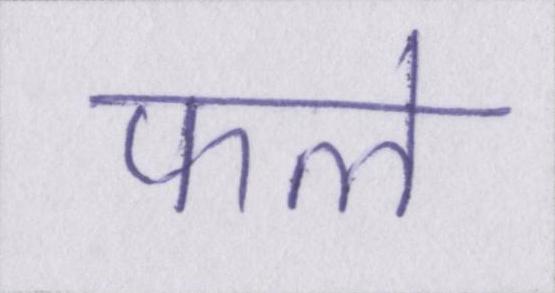
फले